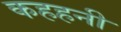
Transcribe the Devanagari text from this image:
कहहनी